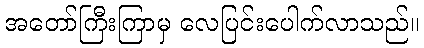
အတော်ကြီးကြာမှ လေပြင်းပေါက်လာသည်။